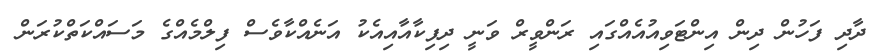
ދާދި ފަހުން ދިން އިންޓަވިއުއެއްގައި ރަންވީރް ވަނީ ދިޕިކާއާއިއެކު އަނެއްކާވެސް ފިލްމެއްގެ މަސައްކަތްކުރަން